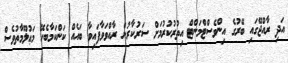
އަދި ރާއްޖޭގައި ބޭރުގެ އިންވެސްޓްމަންޓް އިތުރުކުރުމަށް ސަރުކާރުން ރާއްވަވާފައިވާ ބައެއް ކަންކަމާބެހޭ މަޢުލޫމާތުވެސް